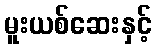
မူးယစ်ဆေးနှင့်